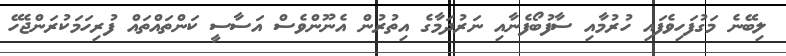
ލިބޭނެ މަގުފަހިވެފައި ހުރުމާއި ސާފުބޯފެނާއި ނަރުދަމާގެ އިތުރުން އެނޫންވެސް އަސާސީ ކަންތައްތައް ފުރިހަމަކުރަންޖެހޭ